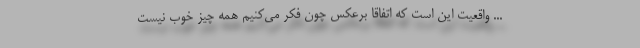
... واقعیت این است که اتفاقا برعکس چون فکر می‌کنیم همه چیز خوب نیست